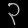
Digit: ၃